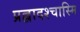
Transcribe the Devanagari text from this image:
प्रह्लादश्चास्मि